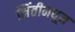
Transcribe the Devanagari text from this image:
भिंतीमधून